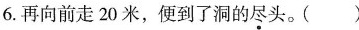
6.再向前走20米，便到了洞的尽头。()